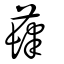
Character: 蕼